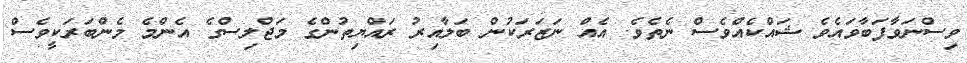
ވިސްނަވާފަބާވައެވެ ޝައްކެއްވެސް ނެތެވެ. އެއް ނަޒަރަކުން ބަލާއިރު ރައްޔިތުންގެ މަޖްލިސްގެ އެންމެ މެންބަރަކީވެސް